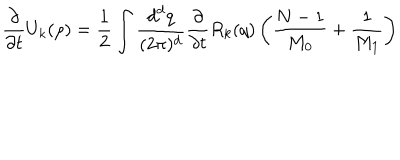
\frac { \partial } { \partial { t } } { U } _ { k } ( \rho ) = \frac { 1 } { 2 } \int \frac { { d } ^ { d } { q } } { ( 2 \pi ) ^ { d } } \frac { \partial } { \partial { t } } { R } _ { k } ( { q } ) \left( \frac { { N } - 1 } { { M } _ { 0 } } + \frac { 1 } { { M } _ { 1 } } \right)